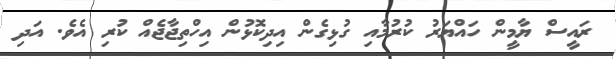
ރައީސް ޔާމީން ހައްޔަރު ކުރުމާއި ގުޅިގެން އިދިކޮޅުން އިހްތިޖާޖެއް ކުރި އެވެ. އަދި